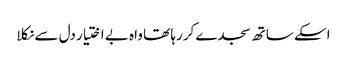
اسکے ساتھ سجدے کررہا تھا واہ بے اختیار دل سے نکلا